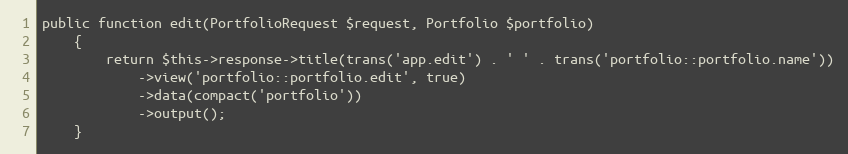
Language: PHP
public function edit(PortfolioRequest $request, Portfolio $portfolio)
    {
        return $this->response->title(trans('app.edit') . ' ' . trans('portfolio::portfolio.name'))
            ->view('portfolio::portfolio.edit', true)
            ->data(compact('portfolio'))
            ->output();
    }